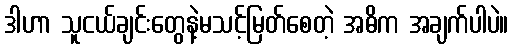
ဒါဟာ သူငယ်ချင်းတွေနဲ့မသင့်မြတ်စေတဲ့ အဓိက အချက်ပါပဲ။